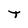
Character: t